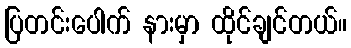
ပြတင်းပေါက် နားမှာ ထိုင်ချင်တယ်။